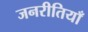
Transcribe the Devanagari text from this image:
जनरीतियाँ